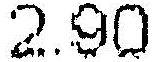
2.90